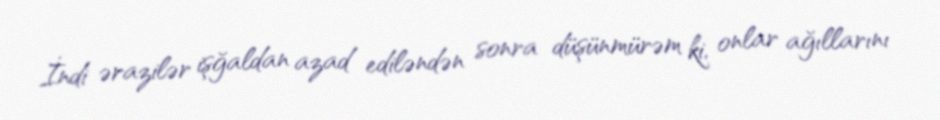
İndi ərazilər işğaldan azad ediləndən sonra düşünmürəm ki, onlar ağıllarını